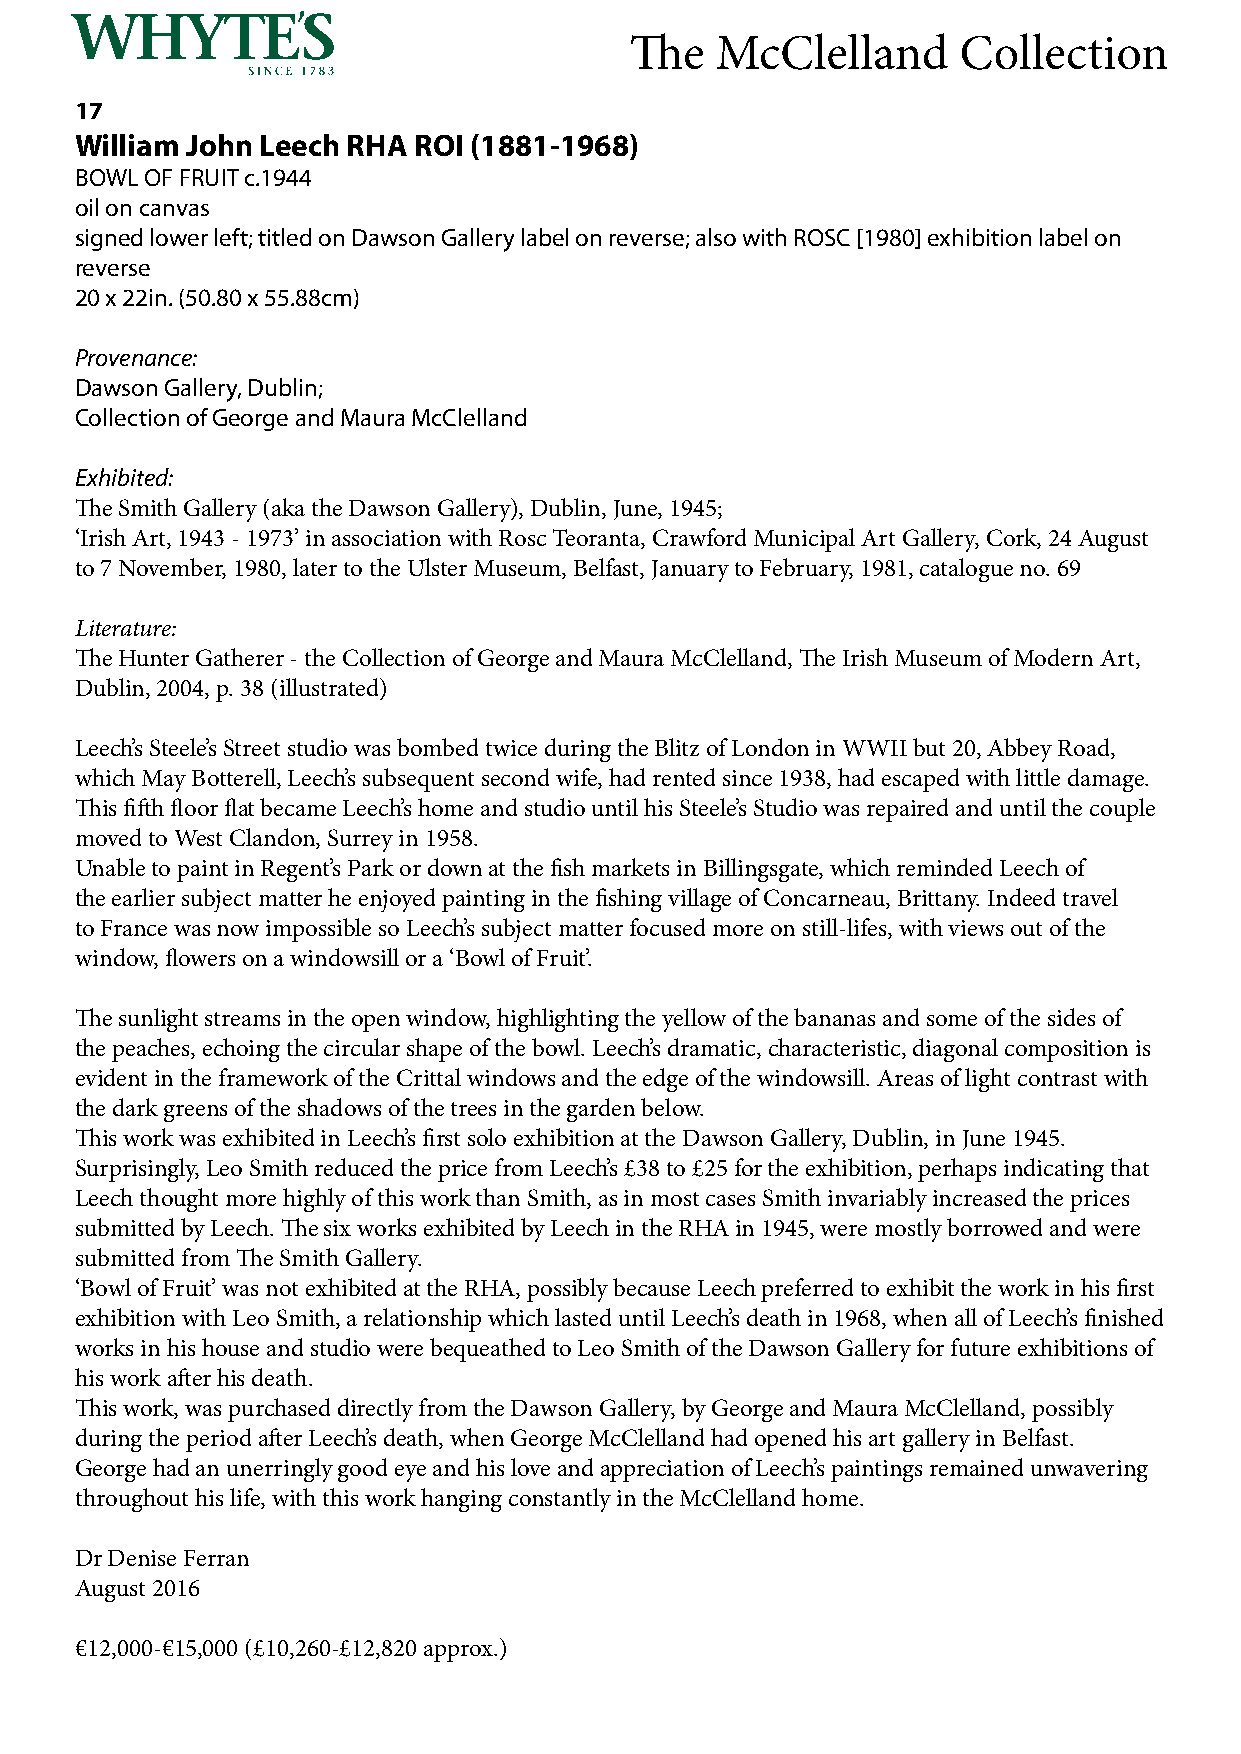
The  McClelland      Collection
 17
 William John Leech RHA ROI (1881-1968)
 BOWL OF FRUIT c.1944
 oil on canvas
 signed lower left; titled on Dawson Gallery label on reverse; also with ROSC [1980] exhibition label on
 reverse
 20 x 22in. (50.80 x 55.88cm)
 Provenance:
 Dawson Gallery, Dublin;
 Collection of George and Maura McClelland
 Exhibited:
 The Smith Gallery (aka the Dawson Gallery), Dublin, June, 1945;
 ‘Irish Art, 1943 - 1973’ in association with Rosc Teoranta, Crawford Municipal Art Gallery, Cork, 24 August
 to 7 November, 1980, later to the Ulster Museum, Belfast, January to February, 1981, catalogue no. 69
 Literature:
 The Hunter Gatherer - the Collection of George and Maura McClelland, The Irish Museum of Modern Art,
 Dublin, 2004, p. 38 (illustrated)
 Leech’s Steele’s Street studio was bombed twice during the Blitz of London in WWII but 20, Abbey Road,
 which May Botterell, Leech’s subsequent second wife, had rented since 1938, had escaped with little damage.
 This fifth floor flat became Leech’s home and studio until his Steele’s Studio was repaired and until the couple
 moved to West Clandon, Surrey in 1958.
 Unable to paint in Regent’s Park or down at the fish markets in Billingsgate, which reminded Leech of
 the earlier subject matter he enjoyed painting in the fishing village of Concarneau, Brittany. Indeed travel
 to France was now impossible so Leech’s subject matter focused more on still-lifes, with views out of the
 window, flowers on a windowsill or a ‘Bowl of Fruit’.
 The sunlight streams in the open window, highlighting the yellow of the bananas and some of the sides of
 the peaches, echoing the circular shape of the bowl. Leech’s dramatic, characteristic, diagonal composition is
 evident in the framework of the Crittal windows and the edge of the windowsill. Areas of light contrast with
 the dark greens of the shadows of the trees in the garden below.
 This work was exhibited in Leech’s first solo exhibition at the Dawson Gallery, Dublin, in June 1945.
 Surprisingly, Leo Smith reduced the price from Leech’s £38 to £25 for the exhibition, perhaps indicating that
 Leech thought more highly of this work than Smith, as in most cases Smith invariably increased the prices
 submitted by Leech. The six works exhibited by Leech in the RHA in 1945, were mostly borrowed and were
 submitted from The Smith Gallery.
 ‘Bowl of Fruit’ was not exhibited at the RHA, possibly because Leech preferred to exhibit the work in his first
 exhibition with Leo Smith, a relationship which lasted until Leech’s death in 1968, when all of Leech’s finished
 works in his house and studio were bequeathed to Leo Smith of the Dawson Gallery for future exhibitions of
 his work after his death.
 This work, was purchased directly from the Dawson Gallery, by George and Maura McClelland, possibly
 during the period after Leech’s death, when George McClelland had opened his art gallery in Belfast.
 George had an unerringly good eye and his love and appreciation of Leech’s paintings remained unwavering
 throughout his life, with this work hanging constantly in the McClelland home.
 Dr Denise Ferran
 August 2016
 €12,000-€15,000 (£10,260-£12,820 approx.)